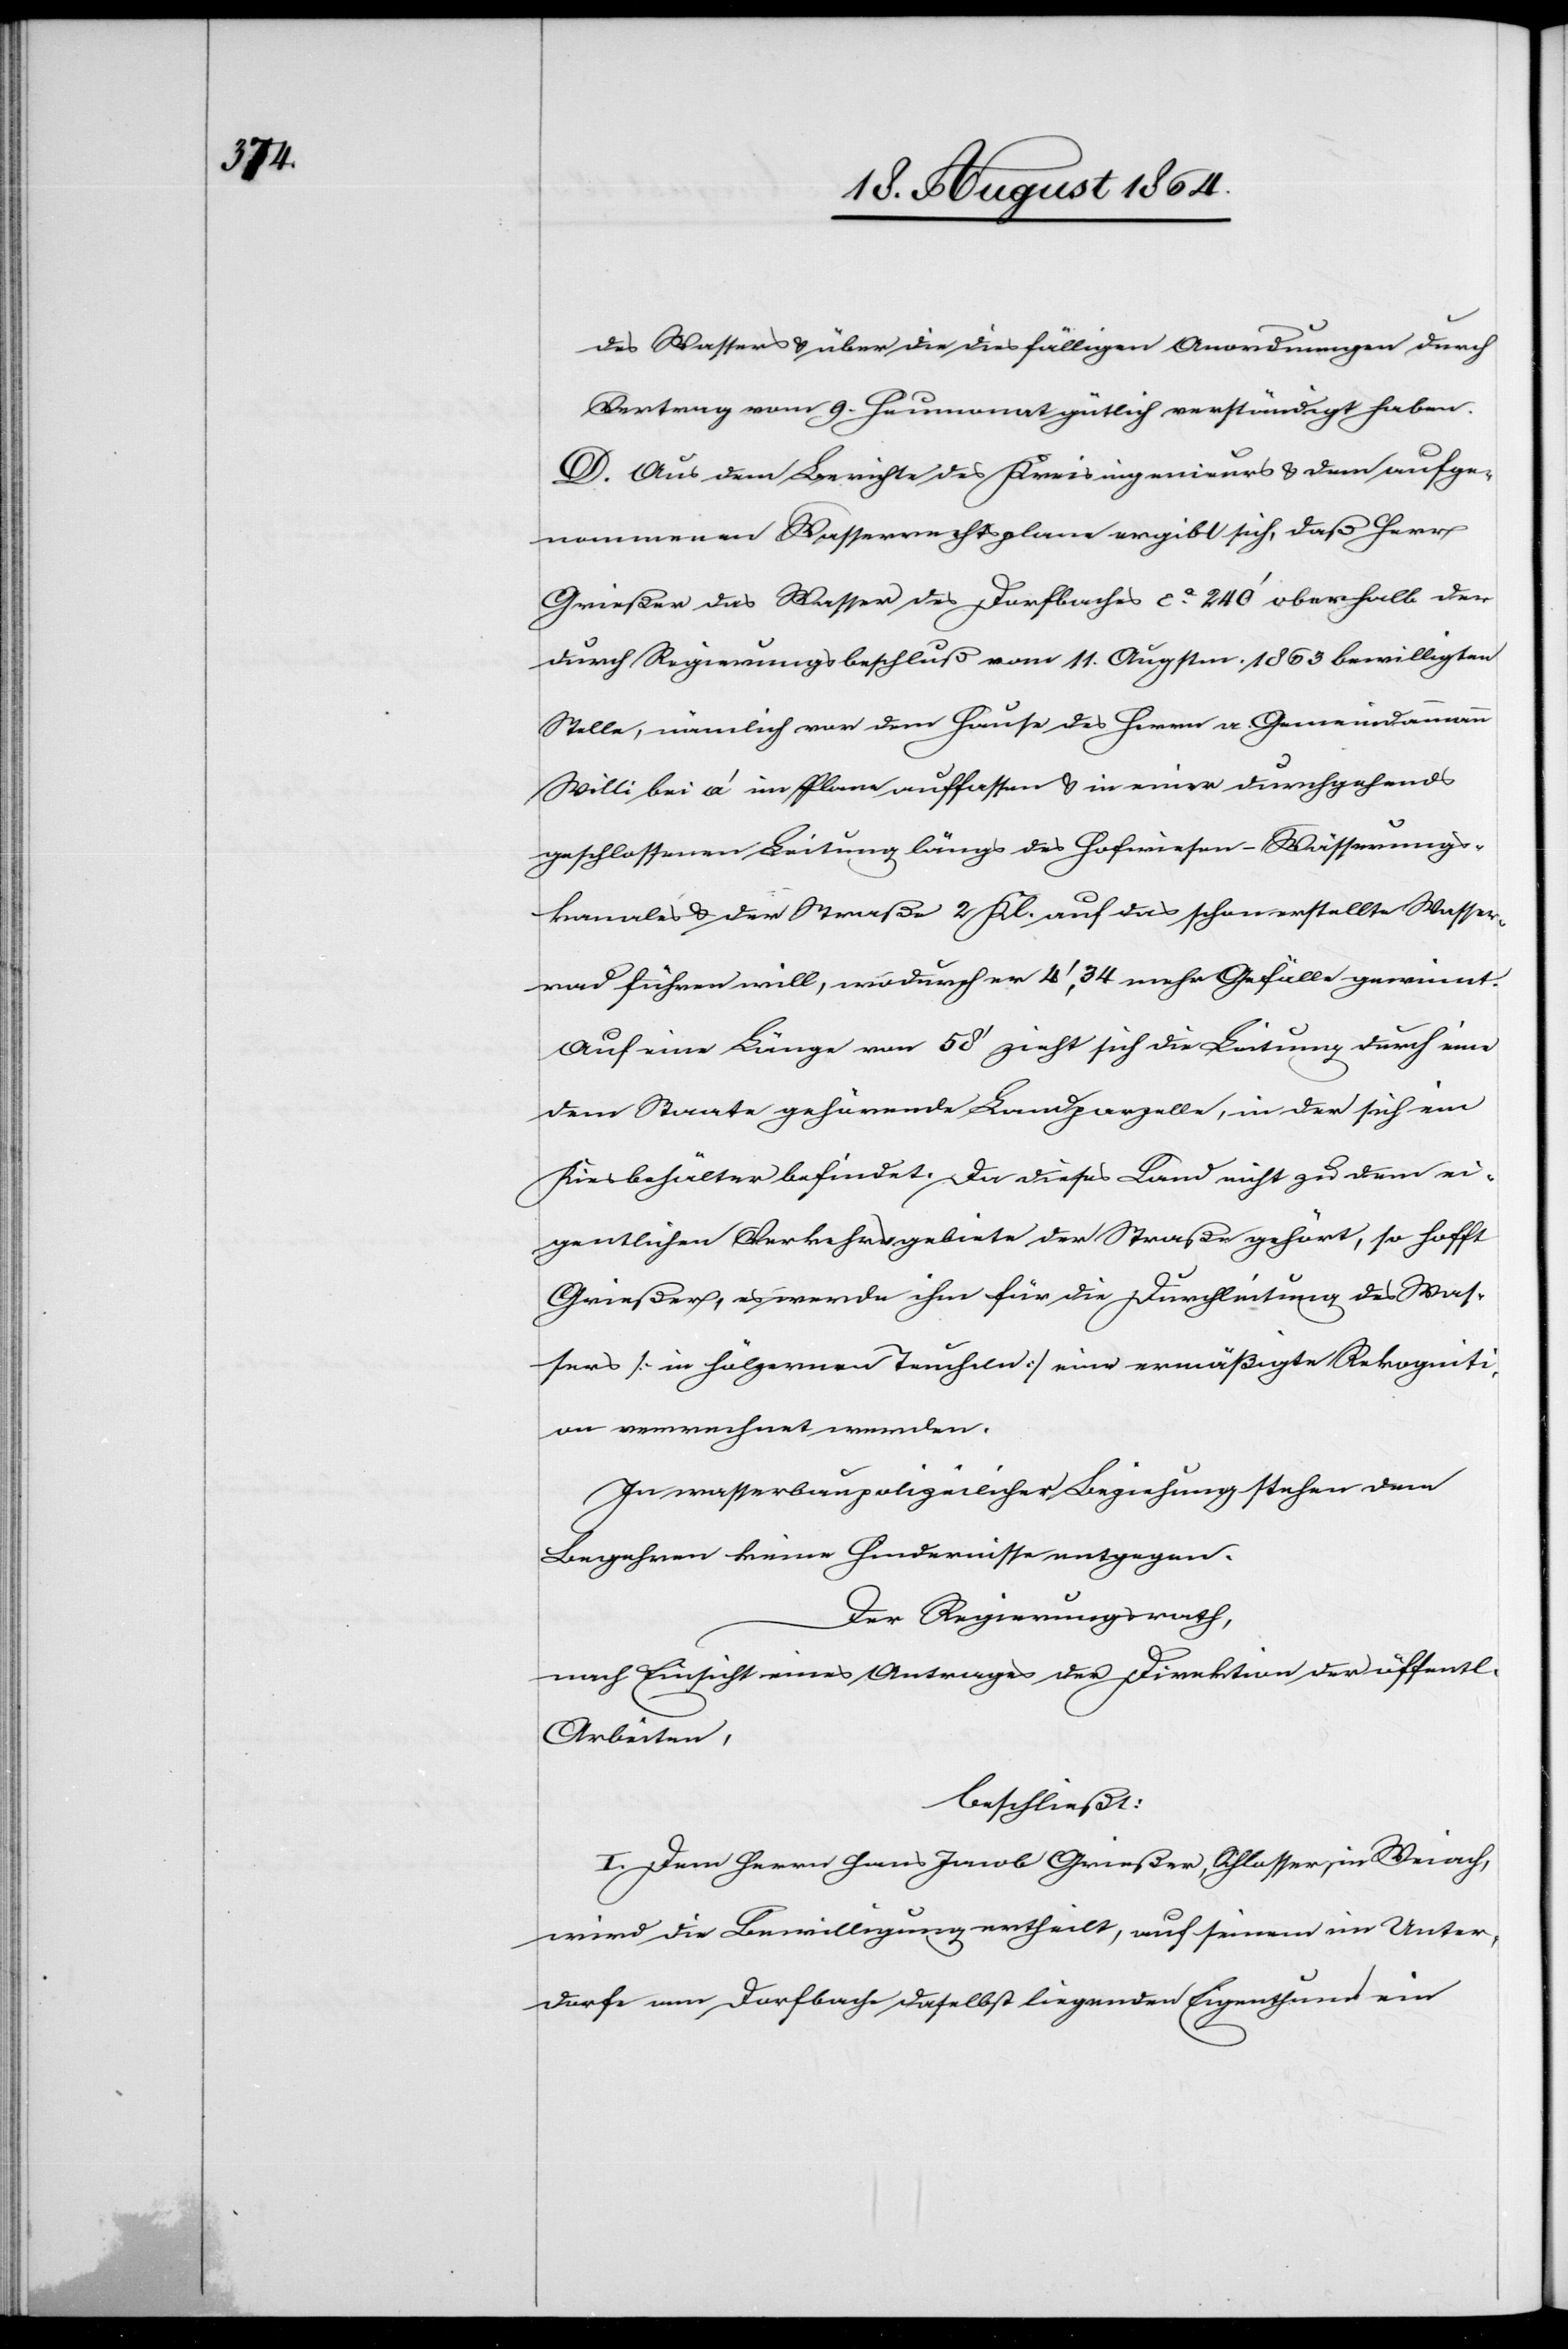
des Wassers & über die diesfälligen Anordnungen durch
Vertrag vom 9. Heumonat gütlich verständigt haben.
D. Aus dem Berichte des Kreisingenieurs & dem aufge¬
nommenen Wasserrechtsplane ergibt sich, daß Herr
Grießer das Wasser des Dorfbaches ca. 240’ oberhalb der
durch Regierungsbeschluß vom 11. Augstm. 1863 bewilligten
Stelle, nämlich vor dem Hause des Herrn a. Gemeindammann
Willi bei a’ im Plane auffassen & in einer durchgehend
geschlossenen Leitung längs des Hofwiesen-Wässerungs¬
kanales & der Straße 2. Kl. auf das schon erstellte Wasser¬
rad führen will, wodurch er 4’,34 mehr Gefälle gewinnt.
Auf eine Länge von 58’ zieht sich die Leitung durch eine
dem Staate gehörende Landparzelle, in der sich ein
Kiesbehälter befindet. Da dieses Land nicht zu dem ei¬
gentlichen Verkehrsgebiete der Straße gehört, so hofft
Grießer, es werde ihm für die Durchleitung des Was¬
sers [in hölzernen Teucheln] eine ermäßigte Rekogniti¬
on verrechnet werden.
In wasserbaupolizeilicher Beziehung stehen dem
Begehren keine Hindernisse entgegen.
Der Regierungsrath,
nach Einsicht eines Antrages der Direktion der öffentl.
Arbeiten,
beschließt:
I. Dem Herrn Hans Jacob Grießer, Schlosser, in Weiach,
wird die Bewilligung ertheilt, auf seinem im Unter¬
dorfe am Dorfbache daselbst liegenden Eigenthum ein